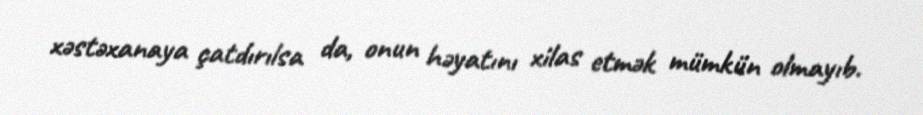
xəstəxanaya çatdırılsa da, onun həyatını xilas etmək mümkün olmayıb.